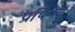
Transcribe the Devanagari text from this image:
प्रथिनेचे